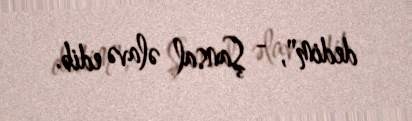
dedim", - Şansal əlavə edib.